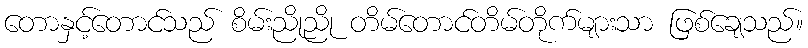
တောနှင့်တောင်သည် စိမ်းညိုညို တိမ်တောင်တိမ်တိုက်များသာ ဖြစ်ချေသည်။